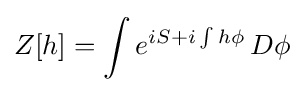
Z[h]=\int e^{iS+i\int h\phi }\,D\phi